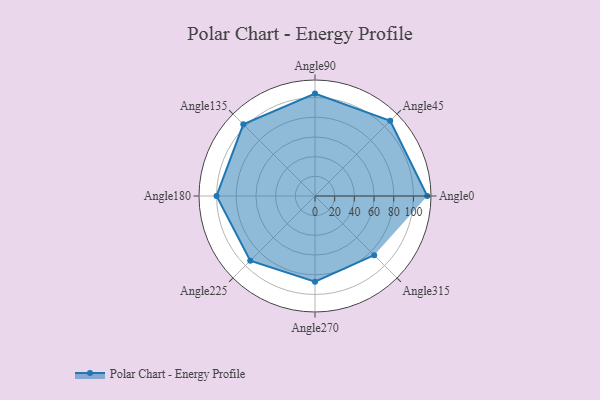
{"axis": {"x": "Angle", "y": "Radius"}, "legend": [""], "data": [{"x": "Angle0", "y": 114.0, "type": ""}, {"x": "Angle45", "y": 108.0, "type": ""}, {"x": "Angle90", "y": 104.0, "type": ""}, {"x": "Angle135", "y": 103.0, "type": ""}, {"x": "Angle180", "y": 100.0, "type": ""}, {"x": "Angle225", "y": 93.0, "type": ""}, {"x": "Angle270", "y": 87.0, "type": ""}, {"x": "Angle315", "y": 85.0, "type": ""}]}